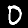
Digit: 0